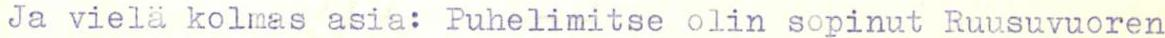
Ja vielä kolmas asia: Puhelimitse olin sopinut Ruusuvuoren